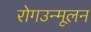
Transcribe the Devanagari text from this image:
रोगउन्मूलन